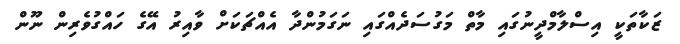
ޒަކާތަކީ އިސްލާމްދީނުގައި މާތް މަގުސަދެއްގައި ނަގަމުންދާ އެއްޗަކަށް ވާއިރު އޭގެ ހައްގުވެރިން ނޫން